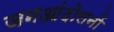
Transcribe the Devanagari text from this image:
जनआंदोलनों